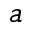
a